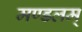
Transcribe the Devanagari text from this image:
मण्डलम्